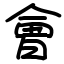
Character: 會